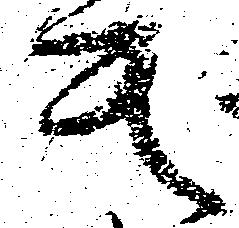
其